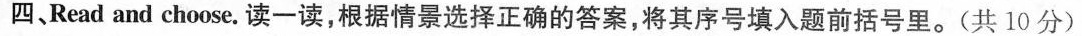
四、Read and choose. 读一读,根据情景选择正确的答案,将其序号填入题前括号里。(共 10 分)